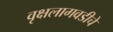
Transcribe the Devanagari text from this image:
वृक्षलागवडीचे